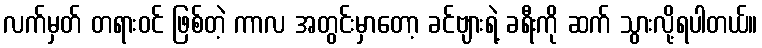
လက်မှတ် တရားဝင် ဖြစ်တဲ့ ကာလ အတွင်းမှာတော့ ခင်ဗျားရဲ့ ခရီးကို ဆက် သွားလို့ရပါတယ်။